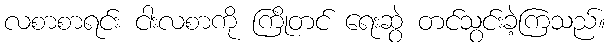
လစာစာရင်း ငါးလစာကို ကြိုတင် ရေးဆွဲ တင်သွင်းခဲ့ကြသည်။